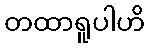
တထာရူပါဟိ